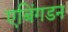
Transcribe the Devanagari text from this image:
एबिंगडन